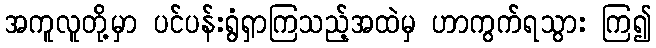
အကူလူတို့မှာ ပင်ပန်းရွံရှာကြသည့်အထဲမှ ဟာကွက်ရသွား ကြ၍